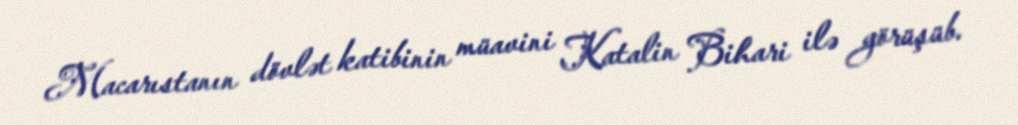
Macarıstanın dövlət katibinin müavini Katalin Bihari ilə görüşüb.